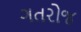
ગતરોજ